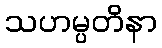
သဟမ္ပတိနာ